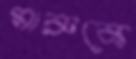
মারুকে